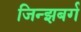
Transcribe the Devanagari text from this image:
जिन्झबर्ग